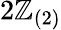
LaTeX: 2\mathbb{Z}_{(2)}